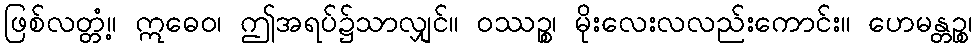
ဖြစ်လတ္တံ့။ ဣဓေဝ၊ ဤအရပ်၌သာလျှင်။ ဝဿဉ္စ၊ မိုးလေးလလည်းကောင်း။ ဟေမန္တဉ္စ၊